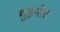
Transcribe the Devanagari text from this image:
गुइनोट